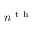
n ^ { \mathrm { ~ t ~ h ~ } }